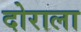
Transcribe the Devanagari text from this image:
दोराला